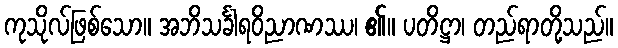
ကုသိုလ်ဖြစ်သော။ အဘိသင်္ခါရဝိညာဏဿ၊ ၏။ ပတိဋ္ဌာ၊ တည်ရာတို့သည်။